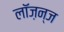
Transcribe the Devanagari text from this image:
लॉज़न्ज